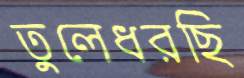
তুলেধরছি